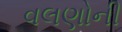
વલણોની